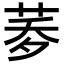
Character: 𦰎